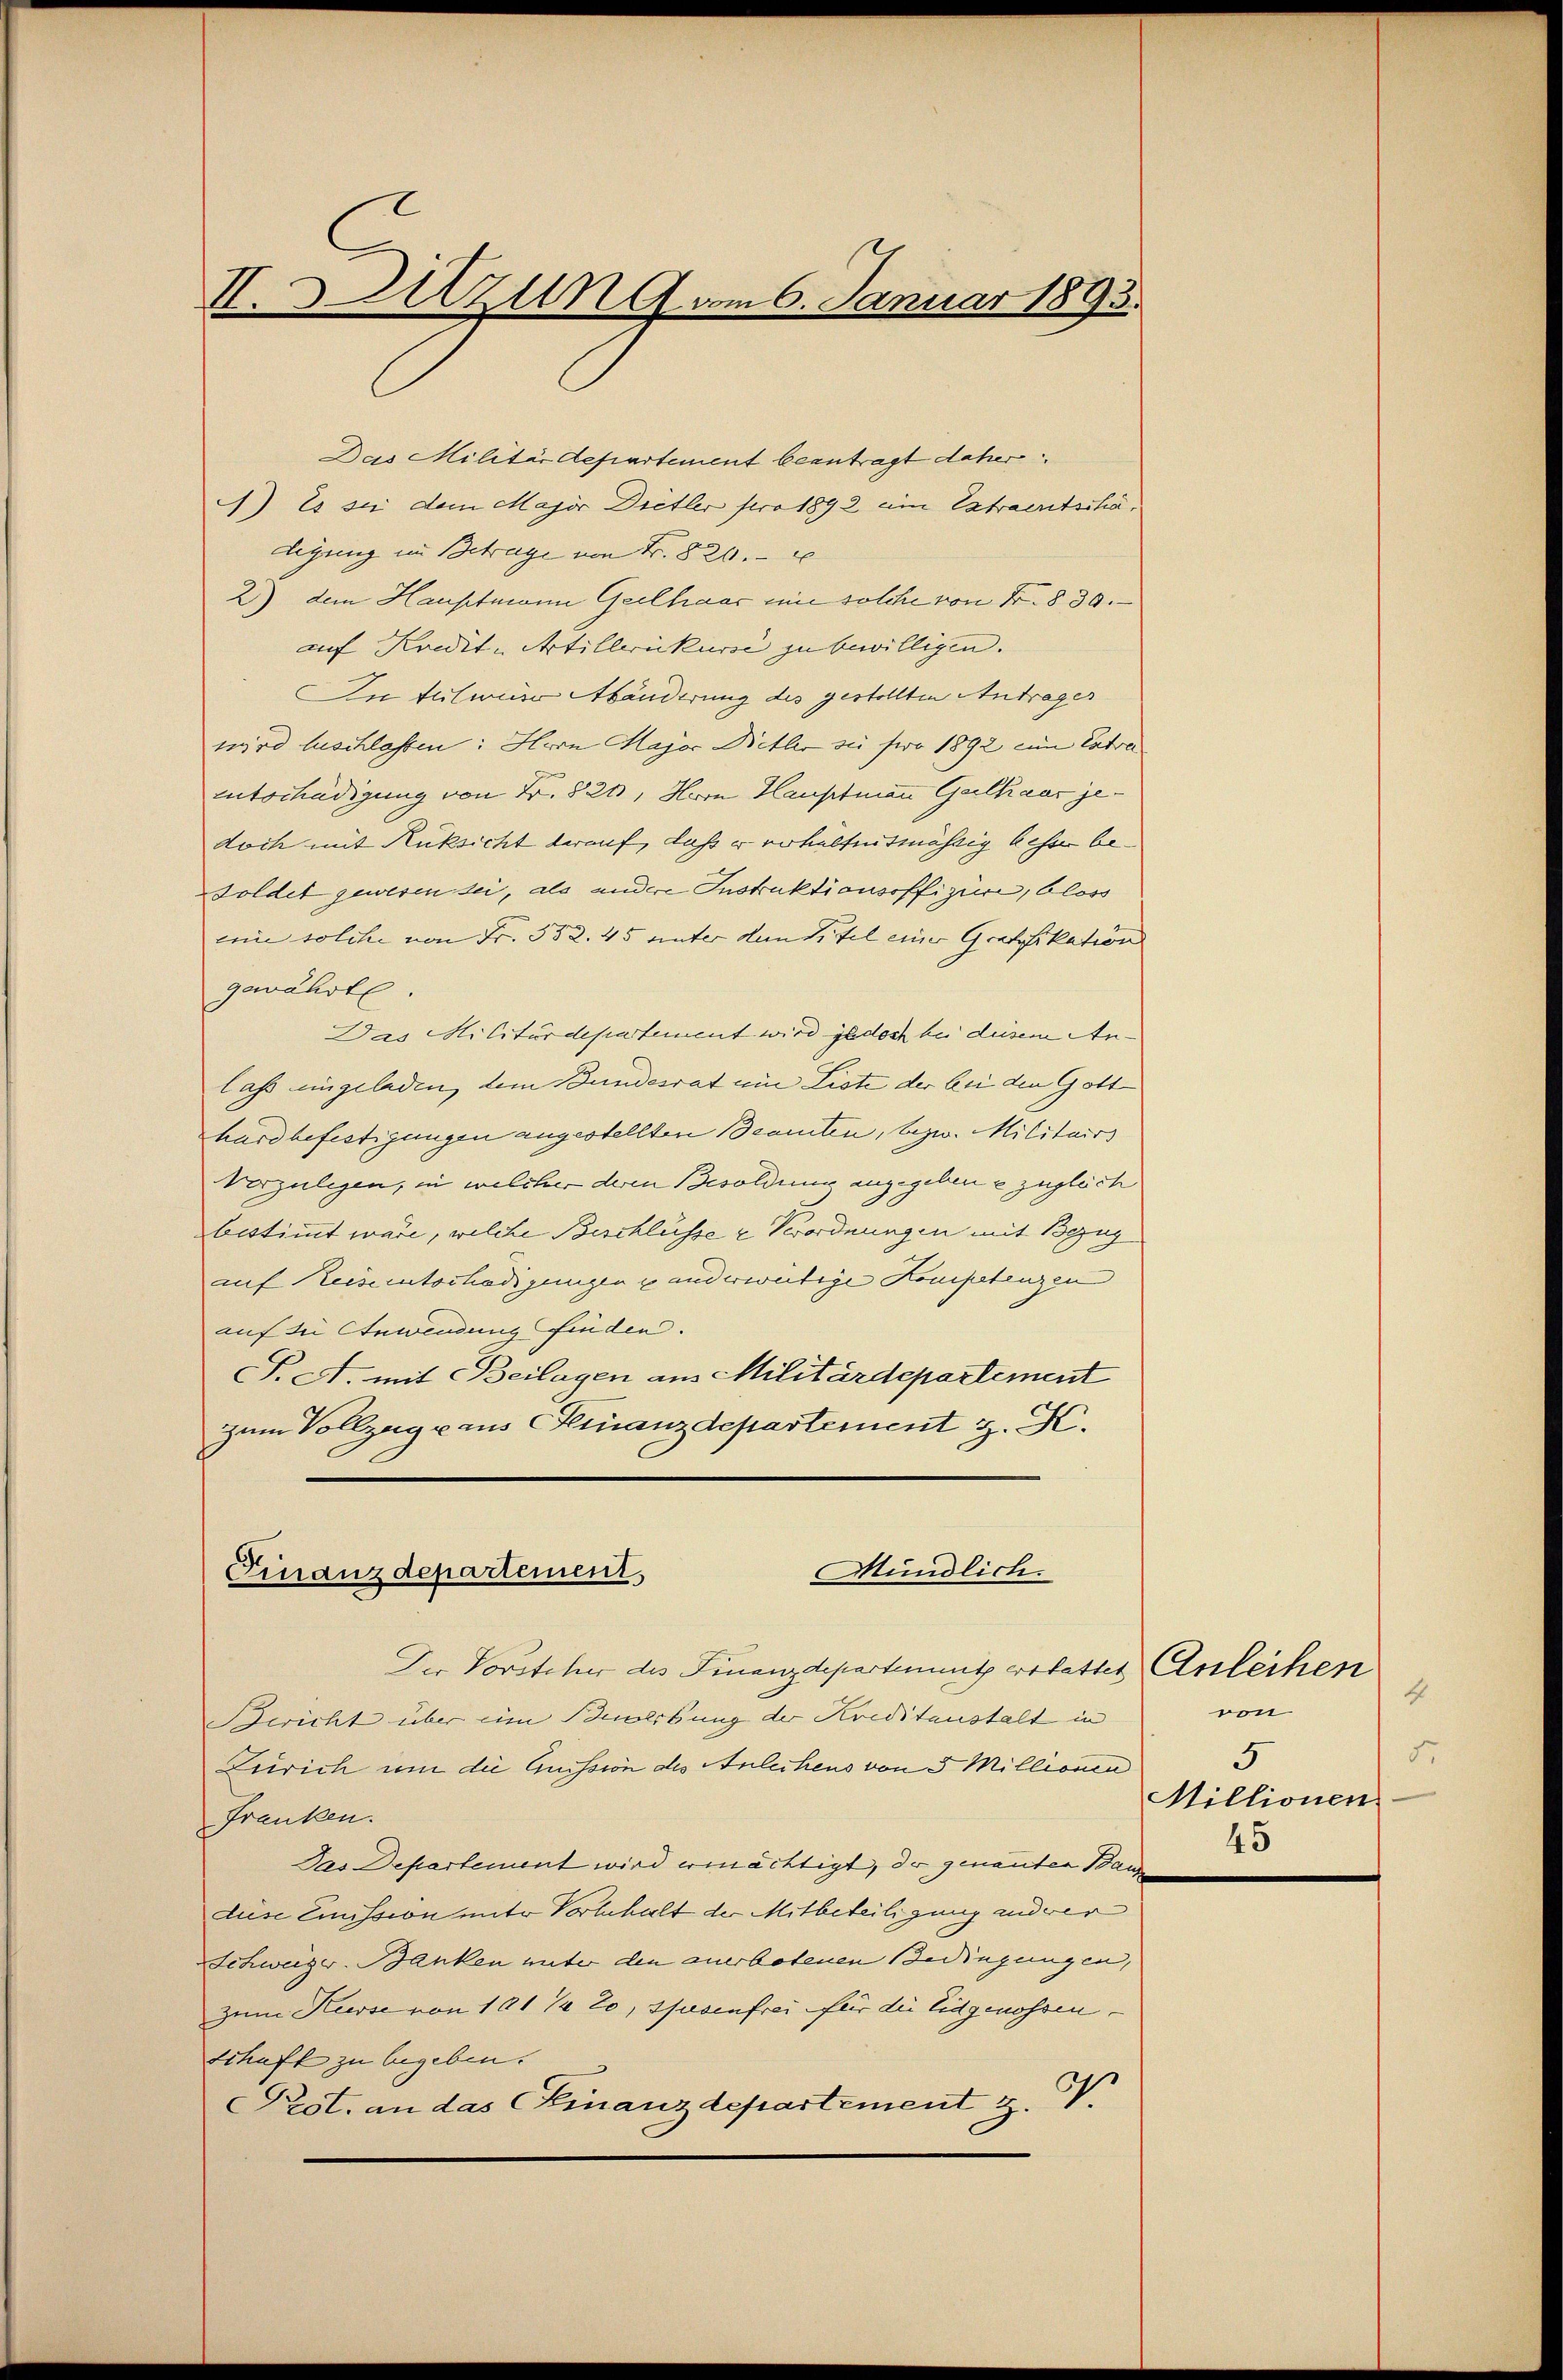
I.Auzung am 6. Januar 1893.

Das Militärdepartement beantragt daher
) Es sei dem Major Dietler pro 1892 ein Extraentschädigung in Betrage von Fr. 820.
2) dem Hauptmann Gerlhaar eine solche von Fr. 830.
auf Kredit-Artillernkurse zu bewilligen.
In teilweise Abänderung des gestellten Antrages
wird luschlassen: Hern Major Dietler sie sero 1892 zum Extra
Entschädigung von Fr. 821, Herrn Hauptmann Guthaar jedoch mit Rüksicht darauf, daß er erhaltentmässig besse be¬
Soldet gewesen sei, als andere Instruktionsoffizien, bloss
cin solche von Fr. 532. 45 unter dem Titel einer Grafikation
gewährte.
Das Militärdepartement wird jedoch bei diesem Anlass eingeladen, dem Bundesrat ein Liste der bei den Gott
hardbefestigungen angestellten Beamten, bezw. Militairs
Vorzulegen, in welcher deren Besoldung angegebene zugleich
bestimmt wäre, welche Beschlüsse & Verordnungen mit Bezug
auf Reisentschädigungen u anderweitige Kompetenzen
auf die Anwendung finden.
S. A. mit Beilagen ans Militärdepartement
zum Vollzug aus Finanzdepartement z. K.

Mündlich.
Finanzdepartement
Der Vorsteher des Finanzdepartement erfettet Anleihen

Bericht über ein Buoribung der Kreditanstalt in
Zürich um die Quission des Anleihens von 5 Millionen
Franken.
Das Departement wird ermächtigt, der genanten Band
diese Emission unter Vorbehalt der Mitbeteiligung andrer
Schweizer-Banken unter den anerbotenen Bedingungen,
zum Kurse von 101 % 20, Musenfrei für die Eidgenossen.
Schaft zu begeben.
Prst. an das Finanzdepartement z. B.

4.
von
5.
5
Millionen
45